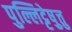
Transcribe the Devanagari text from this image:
पुल्लिट्टेष़ुत्तु